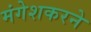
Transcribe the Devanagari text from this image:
मंगेशकरने